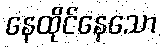
နေထိုင်နေသော